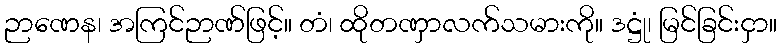
ဉာဏေန၊ အကြင်ဉာဏ်ဖြင့်။ တံ၊ ထိုတဏှာလက်သမားကို။ ဒဋ္ဌုံ၊ မြင်ခြင်းငှာ။